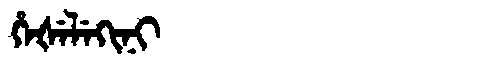
Manchu: ᡥᡝᡧᡝᠯᡝᡴᡳᠨᡳ
Romanization: HEŠELEKINI